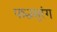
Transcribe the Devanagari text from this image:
पश्चसुरंग